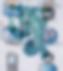
জু